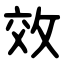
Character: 效